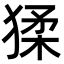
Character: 猱